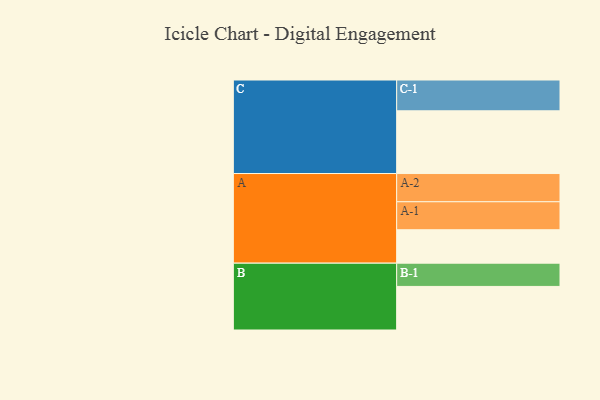
{"axis": {"x": "Segment", "y": "Value"}, "legend": ["", "A", "B", "C"], "data": [{"x": "A", "y": 309, "type": ""}, {"x": "B", "y": 403, "type": ""}, {"x": "C", "y": 580, "type": ""}, {"x": "A-1", "y": 259, "type": "A"}, {"x": "A-2", "y": 261, "type": "A"}, {"x": "B-1", "y": 215, "type": "B"}, {"x": "C-1", "y": 285, "type": "C"}]}